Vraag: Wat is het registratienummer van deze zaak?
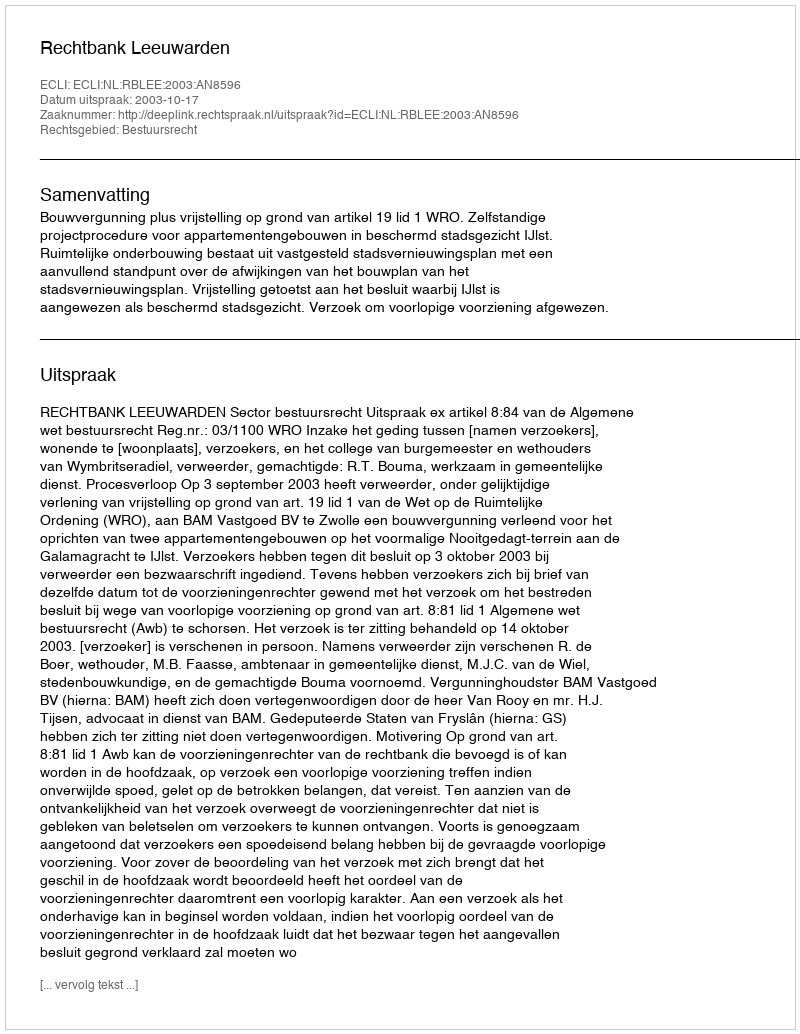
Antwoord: http://deeplink.rechtspraak.nl/uitspraak?id=ECLI:NL:RBLEE:2003:AN8596